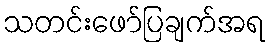
သတင်းဖော်ပြချက်အရ